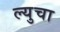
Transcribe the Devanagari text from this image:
ल्युचा